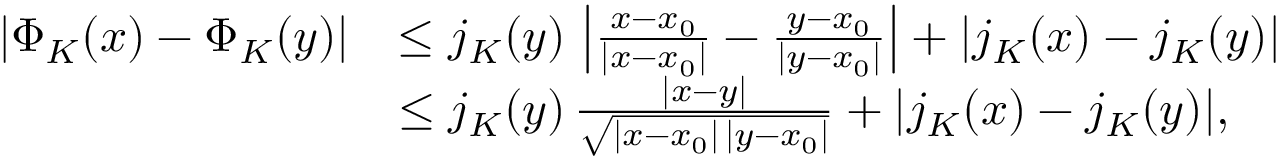
\begin{array} { r l } { | \Phi _ { K } ( x ) - \Phi _ { K } ( y ) | } & { \le j _ { K } ( y ) \, \left| \frac { x - x _ { 0 } } { | x - x _ { 0 } | } - \frac { y - x _ { 0 } } { | y - x _ { 0 } | } \right| + | j _ { K } ( x ) - j _ { K } ( y ) | } \\ & { \le j _ { K } ( y ) \, \frac { | x - y | } { \sqrt { | x - x _ { 0 } | \, | y - x _ { 0 } | } } + | j _ { K } ( x ) - j _ { K } ( y ) | , } \end{array}